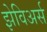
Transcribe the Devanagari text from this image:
झेविअर्स